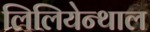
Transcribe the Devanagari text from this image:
लिलियेन्थाल